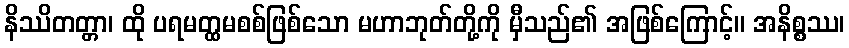
နိဿိတတ္တာ၊ ထို ပရမတ္ထမစစ်ဖြစ်သော မဟာဘုတ်တို့ကို မှီသည်၏ အဖြစ်ကြောင့်။ အနိစ္စဿ၊